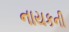
નાયકની